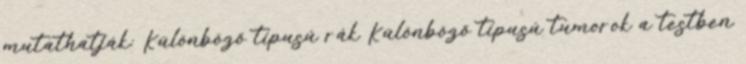
mutathatják: Különböző típusú rák Különböző típusú tumorok a testben